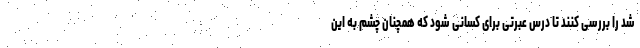
شد را بررسی کنند تا درس عبرتی برای کسانی شود که همچنان چشم به این